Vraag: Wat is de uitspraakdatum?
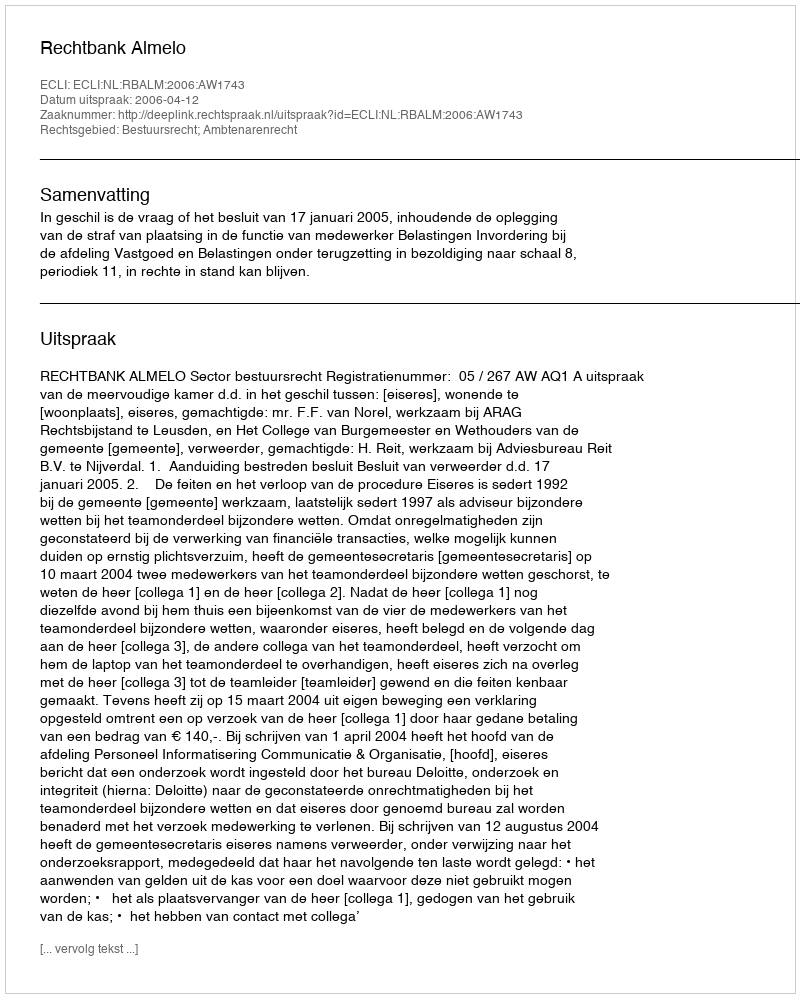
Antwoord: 2006-04-12